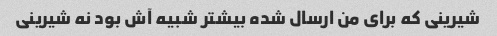
شیرینی که برای من ارسال شده بیشتر شبیه آش بود نه شیرینی